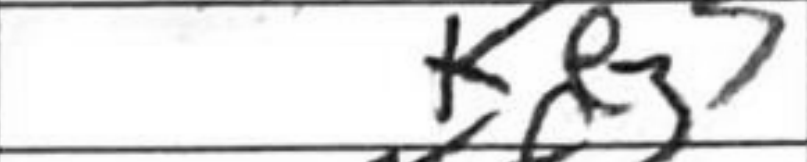
Transcription: Ke3